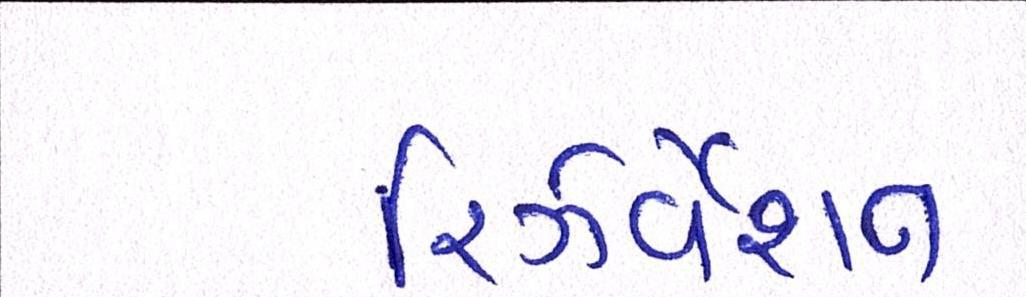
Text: રિઝર્વેશન